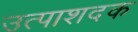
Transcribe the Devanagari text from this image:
उत्पाशदक